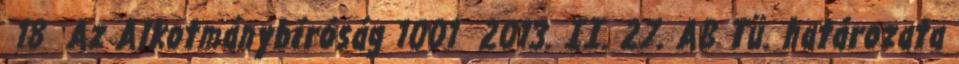
18 Az Alkotmánybíróság 1001 2013. II. 27. AB Tü. határozata